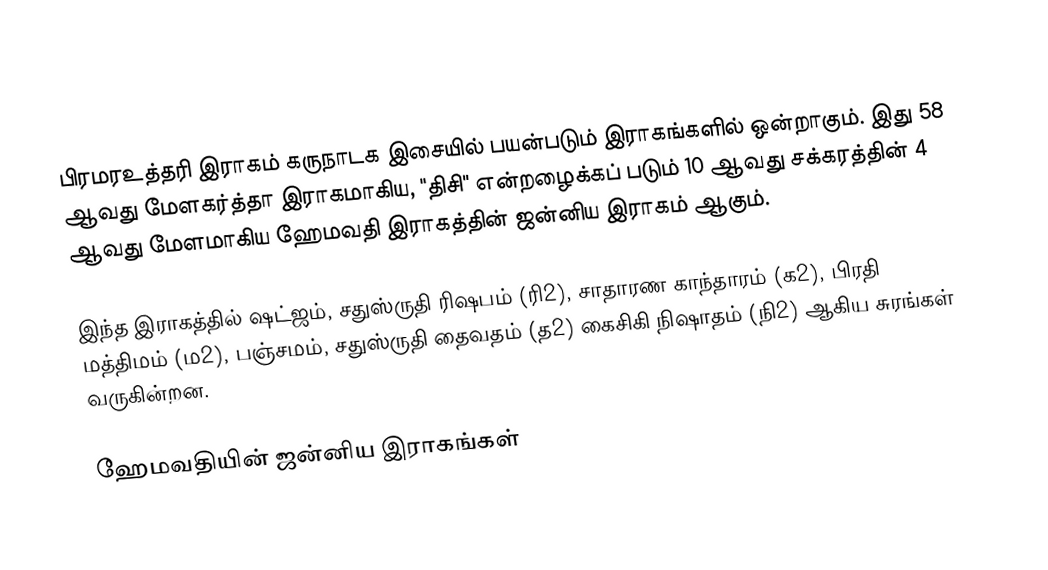
பிரமரஉத்தரி இராகம் கருநாடக இசையில் பயன்படும் இராகங்களில் ஒன்றாகும். இது 58 ஆவது மேளகர்த்தா இராகமாகிய, "திசி" என்றழைக்கப் படும் 10 ஆவது சக்கரத்தின் 4 ஆவது மேளமாகிய ஹேமவதி இராகத்தின் ஜன்னிய இராகம் ஆகும்.

இந்த இராகத்தில் ஷட்ஜம், சதுஸ்ருதி ரிஷபம் (ரி2),  சாதாரண காந்தாரம் (க2), பிரதி மத்திமம் (ம2), பஞ்சமம்,  சதுஸ்ருதி தைவதம் (த2) கைசிகி நிஷாதம்  (நி2) ஆகிய சுரங்கள் வருகின்றன.

ஹேமவதியின் ஜன்னிய இராகங்கள்